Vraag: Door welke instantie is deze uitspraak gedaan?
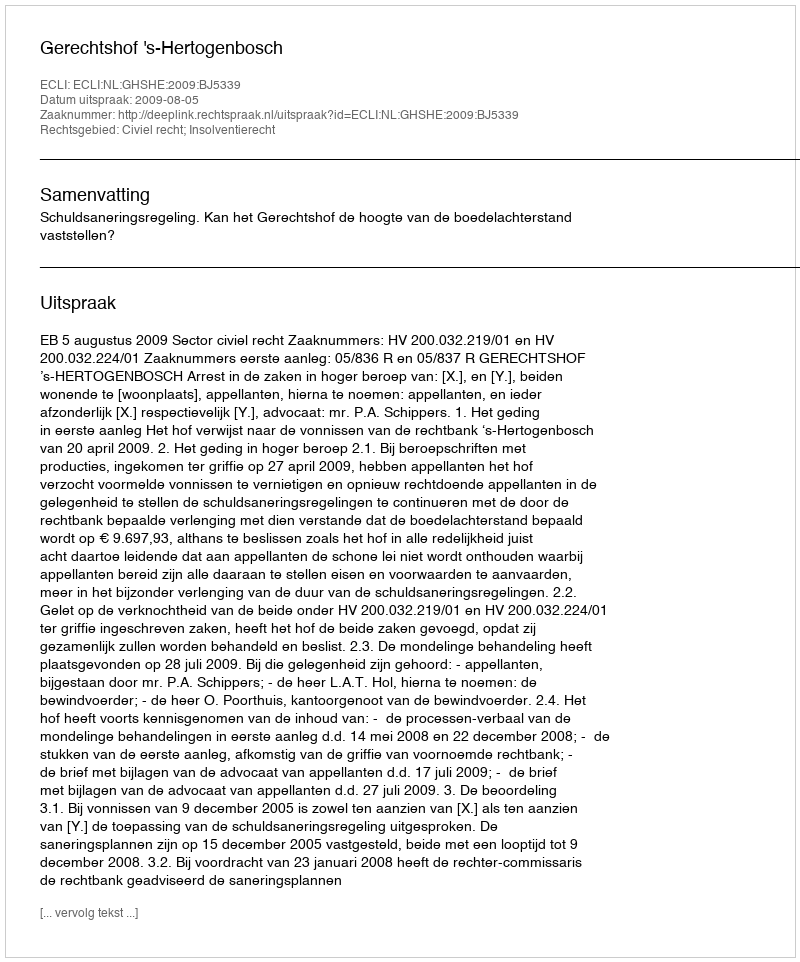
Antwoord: Gerechtshof 's-Hertogenbosch